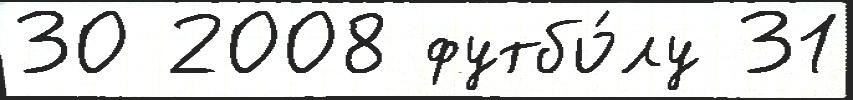
30 2008 футбо́лу 31